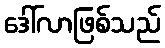
ဒေါ်လာဖြစ်သည်